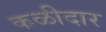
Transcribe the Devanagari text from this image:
कळीदार